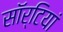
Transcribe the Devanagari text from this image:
साॅर्टियां